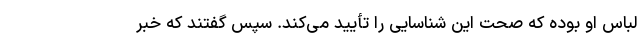
لباس او بوده که صحت این شناسایی را تأیید می‌کند. سپس گفتند که خبر